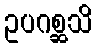
ဥပဂစ္ဆသိ